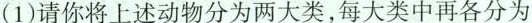
(1)请你将上述动物分为两大类，每大类中再各分为